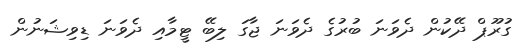
ގުރޫޕް ދޭކުން ދެވަނަ ބުރުގެ ދެވަނަ ޖާގަ ލިބޭ ޓީމާއި ދެވަނަ ޑިވިޝަނުން